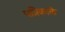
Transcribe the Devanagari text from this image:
पत्रिकाके